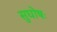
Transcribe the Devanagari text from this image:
सुघोषः